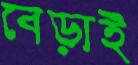
বেড়াই